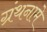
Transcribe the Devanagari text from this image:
ग्रंथनामे